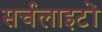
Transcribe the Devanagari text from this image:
सर्चलाइटों